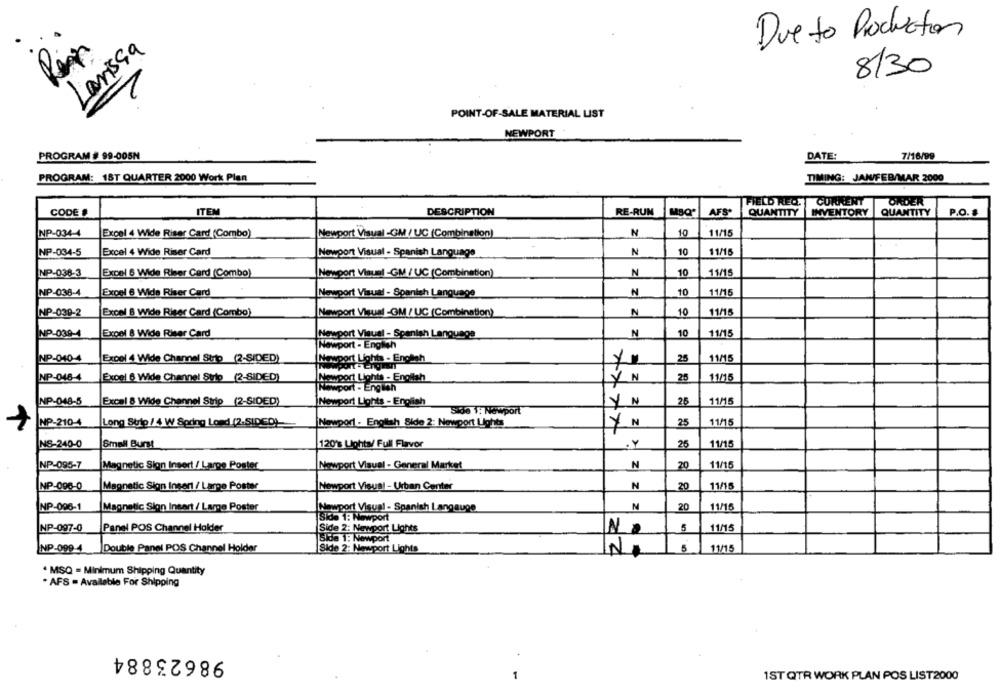
Due to Production
Larissa
8/30
1
POINT-OF-SALE MATERIAL LIST
NEWPORT
PROGRAM # 99-005N
DATE:
7/16/99
PROGRAM: 1ST QUARTER 2000 Work Plan
TIMING: JAN/FEB/MAR 2000
CURRENT
ORDER
FIELD REQ.
CODE #
ITEM
DESCRIPTION
RE-RUN
MSQ
AFS'
QUANTITY
INVENTORY
QUANTITY
P.O.
NP-034-4
Excel 4 Wide Riser Card (Combo)
Newport Visual -GM / UC (Combination)
N
10
11/15
NP-034-5
Excel 4 Wide Riser Card
N
10
11/15
Newport Visual - Spanish Language
N
10
11/15
NP-038-3
Excel 6 Wide Riser Card (Combo)
Newport Visuel -GM / UC (Combination)
NP-038-4
Exoel 6 Wide Riser Card
Newport Visual - Spanish Language
N
10
11/15
NP-039-2
Excel 8 Wide Riser Card (Combo)
Newport Visual -GM / UC (Combination)
N
10
11/15
NP-039-4
Expel 8 Wide Riser Card
Newport Visual - Spanish Language
N
10
11/15
Newport - English
NP-040-4
Excel 4 Wide Channel Strip (2-SIDED)
Newport Lights - English
25
11/15
11/15
NP-046-4
Excel & Wide Channel Site (2-SIDED)
Newport Lights - English
Z
25
Newport - English
NP-048-5
Excel & Wide Channel Strip (2-SIDED)
Newport Lights - English
25
11/15
Side 1: Newport
Y N
NP-210-4
Long Sutp / 4 W Spring Lond (2.SIDED)-
Newport - English Side 2: Newport Lights
Z
25
11/15
NS-240-0
Small Burst
120's Lights/ Full Flavor
.Y
26
11/15
NP-095-7
Magnetic Sion Insert / Lampe Poster
Newport Visual - General Market
N
20
11/15
NP-096-0
Magnetic Sign Insert / Lampe Poster
Newport Visual - Urban Center
N
20
11/15
NP-096-1
Magnetic Sign Incart / Lampe Poster
Newport Visuel - Spanish Langauge
N
20
11/15
Side 1: Newport
NP-097-0
Panel POS Channel Holder
Side 2: Newport Lights
5
11/15
Na
Side 1: Newport
NP-099-4
Double Panel POS Channel Holder
Side 2: Newport Lights
10
11/15
. MSQ = Minimum Shipping Quantity
. AFS = Available For Shipping
98623884
-
1ST QTR WORK PLAN POS LIST2000